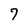
Character: 7